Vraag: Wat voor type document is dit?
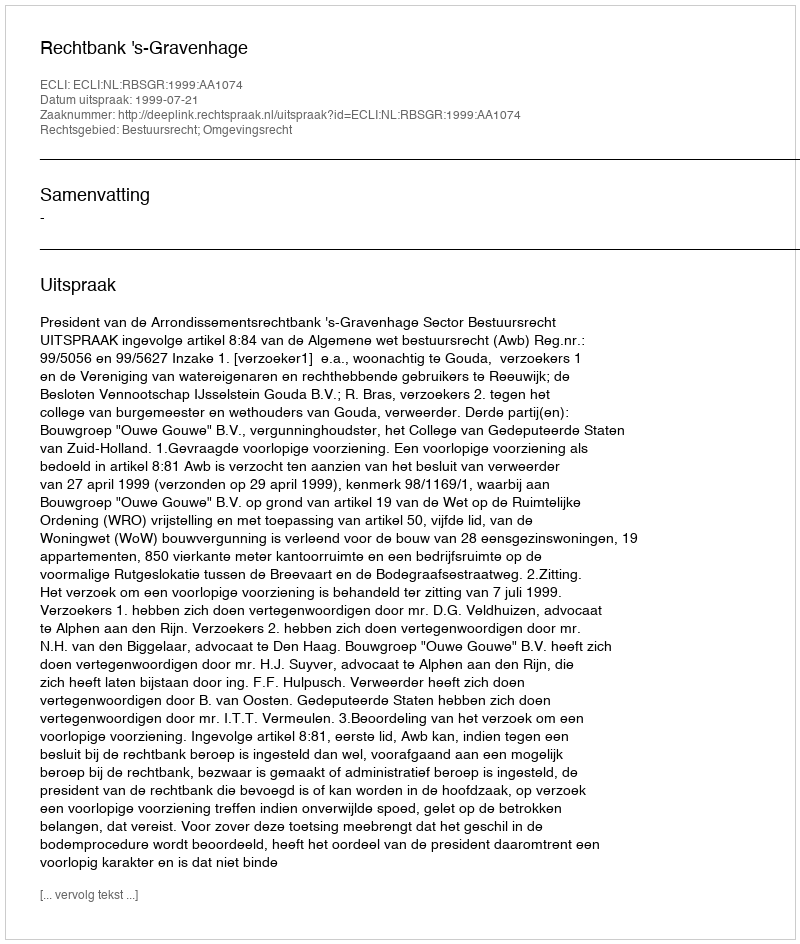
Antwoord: Uitspraak